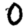
Digit: 0